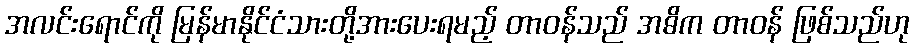
အလင်းရောင်ကို မြန်မာနိုင်ငံသားတို့အားပေးရမည့် တာဝန်သည် အဓိက တာဝန် ဖြစ်သည်ဟု